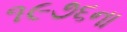
૧૯૭૬ના